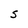
Character: S